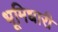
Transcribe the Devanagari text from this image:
भूमिधारी